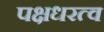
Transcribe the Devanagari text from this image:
पक्षधरत्व